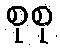
စုစု